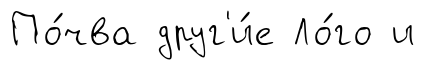
По́чва друг'и́е Ло́го и